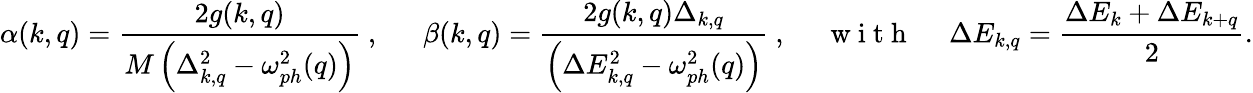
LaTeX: \alpha(k,q)=\frac{2g(k,q)}{M\left(\Delta_{k,q}^{2}-\omega_{ph}^{2}(q)\right)}\mathrm{~,~\quad~}\beta(k,q)=\frac{2g(k,q)\Delta_{k,q}}{\left(\Delta E_{k,q}^{2}-\omega_{ph}^{2}(q)\right)}\mathrm{~,~\quad~w~i~t~h~\quad~}\Delta E_{k,q}=\frac{\Delta E_{k}+\Delta E_{k+q}}{2}.